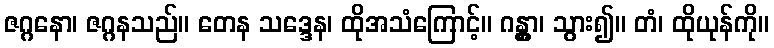
ဇဂ္ဂနော၊ ဇဂ္ဂနသည်။ တေန သဒ္ဒေန၊ ထိုအသံကြောင့်။ ဂန္တွာ၊ သွား၍။ တံ၊ ထိုယုန်ကို။